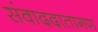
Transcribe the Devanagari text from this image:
संवाददातागण